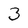
Character: 3